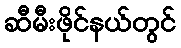
ဆီမီးဖိုင်နယ်တွင်